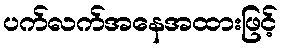
ပက်လက်အနေအထားဖြင့်